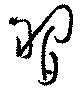
習